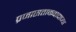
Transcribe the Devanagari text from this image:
प्रजासत्ताकवादाच्या